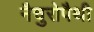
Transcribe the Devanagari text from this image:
नैचुरोपैथी